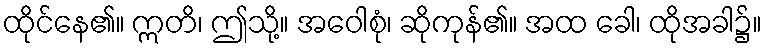
ထိုင်နေ၏။ ဣတိ၊ ဤသို့။ အဝေါစုံ၊ ဆိုကုန်၏။ အထ ခေါ၊ ထိုအခါ၌။